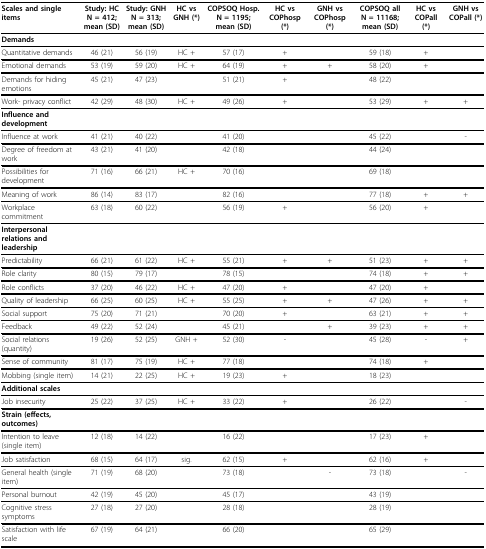
<table><thead><tr><td><b>Scales and single items</b></td><td><b>Study: HC N = 412; mean (SD)</b></td><td><b>Study: GNH N = 313; mean (SD)</b></td><td><b>HC vs GNH (*)</b></td><td><b>COPSOQ Hosp. N = 1195; mean (SD)</b></td><td><b>HC vs COPhosp (*)</b></td><td><b>GNH vs COPhosp (*)</b></td><td><b>COPSOQ all N = 11168; mean (SD)</b></td><td><b>HC vs COPall (*)</b></td><td><b>GNH vs COPall (*)</b></td></tr></thead><tbody><tr><td><b>Demands</b></td><td></td><td></td><td></td><td></td><td></td><td></td><td></td><td></td><td></td></tr><tr><td>Quantitative demands</td><td>46 (21)</td><td>56 (19)</td><td>HC +</td><td>57 (17)</td><td>+</td><td></td><td>59 (18)</td><td>+</td><td></td></tr><tr><td>Emotional demands</td><td>53 (19)</td><td>59 (20)</td><td>HC +</td><td>64 (19)</td><td>+</td><td>+</td><td>58 (20)</td><td>+</td><td></td></tr><tr><td>Demands for hiding emotions</td><td>45 (21)</td><td>47 (23)</td><td></td><td>51 (21)</td><td>+</td><td></td><td>48 (22)</td><td></td><td></td></tr><tr><td>Work- privacy conflict</td><td>42 (29)</td><td>48 (30)</td><td>HC +</td><td>49 (26)</td><td>+</td><td></td><td>53 (29)</td><td>+</td><td>+</td></tr><tr><td><b>Influence and development</b></td><td></td><td></td><td></td><td></td><td></td><td></td><td></td><td></td><td></td></tr><tr><td>Influence at work</td><td>41 (21)</td><td>40 (22)</td><td></td><td>41 (20)</td><td></td><td></td><td>45 (22)</td><td></td><td>-</td></tr><tr><td>Degree of freedom at work</td><td>43 (21)</td><td>41 (20)</td><td></td><td>42 (18)</td><td></td><td></td><td>44 (24)</td><td></td><td></td></tr><tr><td>Possibilities for development</td><td>71 (16)</td><td>66 (21)</td><td>HC +</td><td>70 (16)</td><td></td><td></td><td>69 (18)</td><td></td><td></td></tr><tr><td>Meaning of work</td><td>86 (14)</td><td>83 (17)</td><td></td><td>82 (16)</td><td></td><td></td><td>77 (18)</td><td>+</td><td>+</td></tr><tr><td>Workplace commitment</td><td>63 (18)</td><td>60 (22)</td><td></td><td>56 (19)</td><td>+</td><td></td><td>56 (20)</td><td>+</td><td></td></tr><tr><td><b>Interpersonal relations and leadership</b></td><td></td><td></td><td></td><td></td><td></td><td></td><td></td><td></td><td></td></tr><tr><td>Predictability</td><td>66 (21)</td><td>61 (22)</td><td>HC +</td><td>55 (21)</td><td>+</td><td>+</td><td>51 (23)</td><td>+</td><td>+</td></tr><tr><td>Role clarity</td><td>80 (15)</td><td>79 (17)</td><td></td><td>78 (15)</td><td></td><td></td><td>74 (18)</td><td>+</td><td>+</td></tr><tr><td>Role conflicts</td><td>37 (20)</td><td>46 (22)</td><td>HC +</td><td>47 (20)</td><td>+</td><td></td><td>47 (20)</td><td>+</td><td></td></tr><tr><td>Quality of leadership</td><td>66 (25)</td><td>60 (25)</td><td>HC +</td><td>55 (25)</td><td>+</td><td>+</td><td>47 (26)</td><td>+</td><td>+</td></tr><tr><td>Social support</td><td>75 (20)</td><td>71 (21)</td><td></td><td>70 (20)</td><td>+</td><td></td><td>63 (21)</td><td>+</td><td>+</td></tr><tr><td>Feedback</td><td>49 (22)</td><td>52 (24)</td><td></td><td>45 (21)</td><td></td><td>+</td><td>39 (23)</td><td>+</td><td>+</td></tr><tr><td>Social relations (quantity)</td><td>19 (26)</td><td>52 (25)</td><td>GNH +</td><td>52 (30)</td><td>-</td><td></td><td>45 (28)</td><td>-</td><td>+</td></tr><tr><td>Sense of community</td><td>81 (17)</td><td>75 (19)</td><td>HC +</td><td>77 (18)</td><td></td><td></td><td>74 (18)</td><td>+</td><td></td></tr><tr><td>Mobbing (single item)</td><td>14 (21)</td><td>22 (25)</td><td>HC +</td><td>19 (23)</td><td>+</td><td></td><td>18 (23)</td><td></td><td></td></tr><tr><td><b>Additional scales</b></td><td></td><td></td><td></td><td></td><td></td><td></td><td></td><td></td><td></td></tr><tr><td>Job insecurity</td><td>25 (22)</td><td>37 (25)</td><td>HC +</td><td>33 (22)</td><td>+</td><td></td><td>26 (22)</td><td></td><td>-</td></tr><tr><td><b>Strain (effects, outcomes)</b></td><td></td><td></td><td></td><td></td><td></td><td></td><td></td><td></td><td></td></tr><tr><td>Intention to leave (single item)</td><td>12 (18)</td><td>14 (22)</td><td></td><td>16 (22)</td><td></td><td></td><td>17 (23)</td><td>+</td><td></td></tr><tr><td>Job satisfaction</td><td>68 (15)</td><td>64 (17)</td><td>sig.</td><td>62 (15)</td><td>+</td><td></td><td>62 (16)</td><td>+</td><td></td></tr><tr><td>General health (single item)</td><td>71 (19)</td><td>68 (20)</td><td></td><td>73 (18)</td><td></td><td>-</td><td>73 (18)</td><td></td><td>-</td></tr><tr><td>Personal burnout</td><td>42 (19)</td><td>45 (20)</td><td></td><td>45 (17)</td><td></td><td></td><td>43 (19)</td><td></td><td></td></tr><tr><td>Cognitive stress symptoms</td><td>27 (18)</td><td>27 (20)</td><td></td><td>28 (18)</td><td></td><td></td><td>28 (19)</td><td></td><td></td></tr><tr><td>Satisfaction with life scale</td><td>67 (19)</td><td>64 (21)</td><td></td><td>66 (20)</td><td></td><td></td><td>65 (29)</td><td></td><td></td></tr></tbody></table>